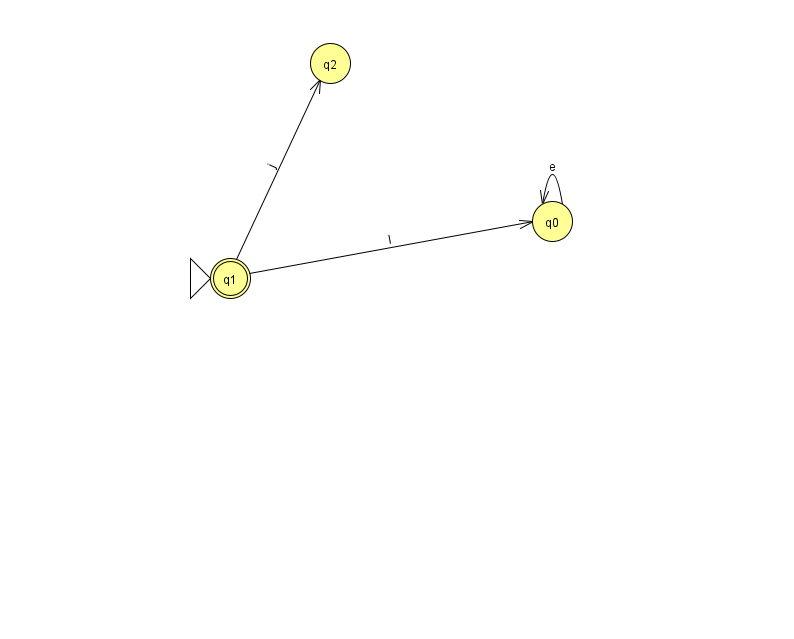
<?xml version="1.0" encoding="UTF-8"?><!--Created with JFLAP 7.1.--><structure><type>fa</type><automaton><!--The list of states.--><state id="0" name="q0"><x>552.0</x><y>208.0</y></state><state id="1" name="q1"><x>230.0</x><y>265.0</y><initial/><final/></state><state id="2" name="q2"><x>330.0</x><y>50.0</y></state><!--The list of transitions.--><transition><from>1</from><to>2</to><read>j</read></transition><transition><from>0</from><to>0</to><read>e</read></transition><transition><from>1</from><to>0</to><read>l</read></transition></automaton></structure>